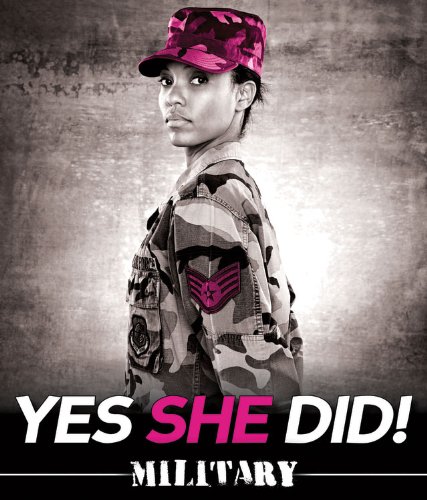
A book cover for Military (Yes She Did!); Barbara Rudow; Teen & Young Adult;